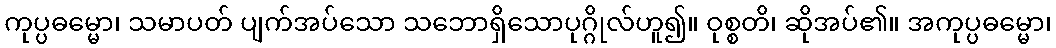
ကုပ္ပဓမ္မော၊ သမာပတ် ပျက်အပ်သော သဘောရှိသောပုဂ္ဂိုလ်ဟူ၍။ ဝုစ္စတိ၊ ဆိုအပ်၏။ အကုပ္ပဓမ္မော၊